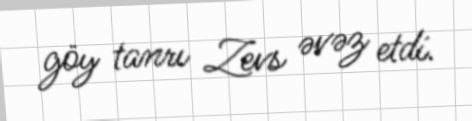
göy tanrı Zevs əvəz etdi.